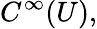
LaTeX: C^{\infty}(U),